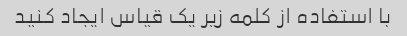
با استفاده از کلمه زیر یک قیاس ایجاد کنید